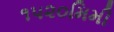
૧૫૨૦મિમી